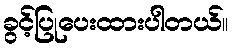
ခွင့်ပြုပေးထားပါတယ်။